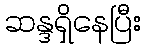
ဆန္ဒရှိနေပြီး